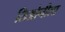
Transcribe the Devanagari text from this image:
लिओनीला